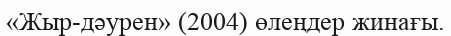
«Жыр-дәурен» (2004) өлеңдер жинағы.